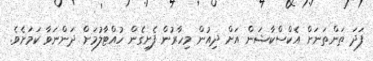
ފަދަ ތަންތަނަށް އެކްސްކާޝަން އަށް ދިއުން މިހާރުން ފެށިގެން ހުއްޓާލުމަށް ދަންނަވާ ކަަމަށެވެ.